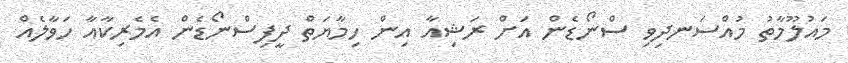
މައުލޫމާތު މުއްސަނދިވި ސްނޯޑެން އަށް ރަޝިއާ އިން ހިމާޔަތް ދީފިސްނޯޑެން އެމެރިކާއާ ހަވާލެއް